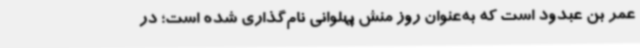
عمر بن عبدود است که به‌عنوان روز منش پهلوانی نام‌گذاری شده است؛ در